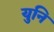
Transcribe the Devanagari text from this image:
युनि